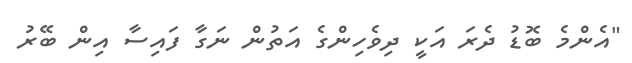
"އެންމެ ބޮޑު ދެރަ އަކީ ދިވެހިންގެ އަތުން ނަގާ ފައިސާ އިން ބޭރު